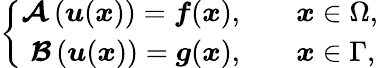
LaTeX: \left\{ \begin{array}{rl}{\boldsymbol{\mathcal{A}}\left(\boldsymbol{u}(\boldsymbol{x})\right)=\boldsymbol{f}(\boldsymbol{x}),\quad}&{\boldsymbol{x}\in\Omega,}\\ {\boldsymbol{\mathcal{B}}\left(\boldsymbol{u}(\boldsymbol{x})\right)=\boldsymbol{g}(\boldsymbol{x}),\quad}&{\boldsymbol{x}\in\Gamma,}\end{array}\right.